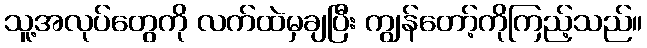
သူ့အလုပ်တွေကို လက်ထဲမှချပြီး ကျွန်တော့်ကိုကြည့်သည်။